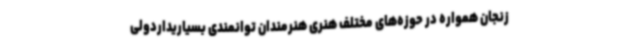
زنجان همواره در حوزه‌های مختلف هنری هنرمندان توانمندی بسیاریداردولی